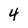
Character: 4